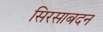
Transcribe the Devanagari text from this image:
सिरसाबदन